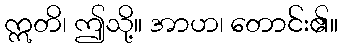
ဣတိ၊ ဤသို့။ အာဟ၊ တောင်း၏။